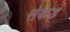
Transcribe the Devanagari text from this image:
सेकेड